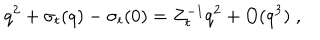
q ^ { 2 } + \sigma _ { t } ( q ) - \sigma _ { t } ( 0 ) = Z _ { t } ^ { - 1 } q ^ { 2 } + O ( q ^ { 3 } ) \; ,